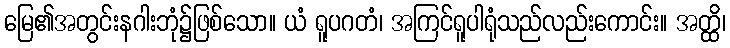
မြေ၏အတွင်းနဂါးဘုံ၌ဖြစ်သော။ ယံ ရူပဂတံ၊ အကြင်ရူပါရုံသည်လည်းကောင်း။ အတ္ထိ၊